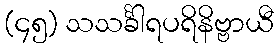
(၄၅) သသင်္ခါရပရိနိဗ္ဗာယီ